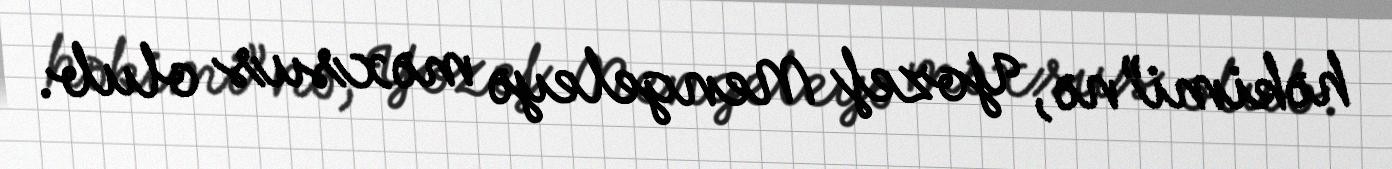
həkimi”nə, Yozef Mengeleyə məxsus olub.